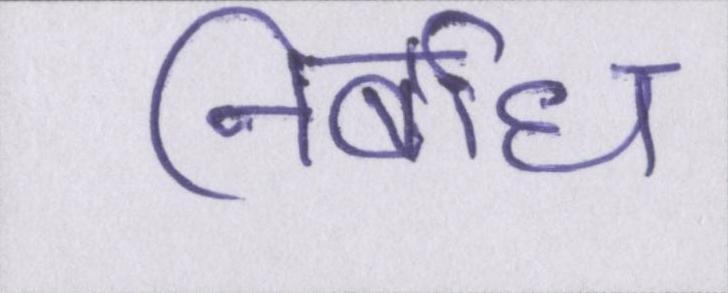
निर्बाध